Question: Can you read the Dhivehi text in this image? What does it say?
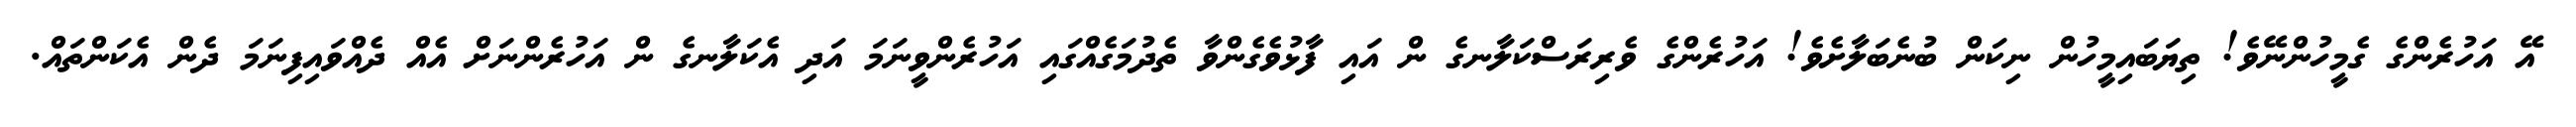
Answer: އޭ އަހުރެންގެ ގެމީހުންނޭވެ! ތިޔަބައިމީހުން ނިކަން ބުނެބަލާށެވެ! އަހުރެންގެ ވެރިރަސްކަލާނގެ ން އައި ފާޅުވެގެންވާ ތެދުމަގެއްގައި އަހުރެންވީނަމަ އަދި އެކަލާނގެ ން އަހުރެންނަށް އެއް ދެއްވައިފިނަމަ ދެން އެކަންތައް.